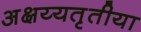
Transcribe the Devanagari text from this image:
अक्षय्यतृतीया